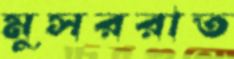
মুসররাত